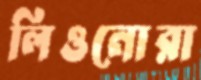
লিওনোরা